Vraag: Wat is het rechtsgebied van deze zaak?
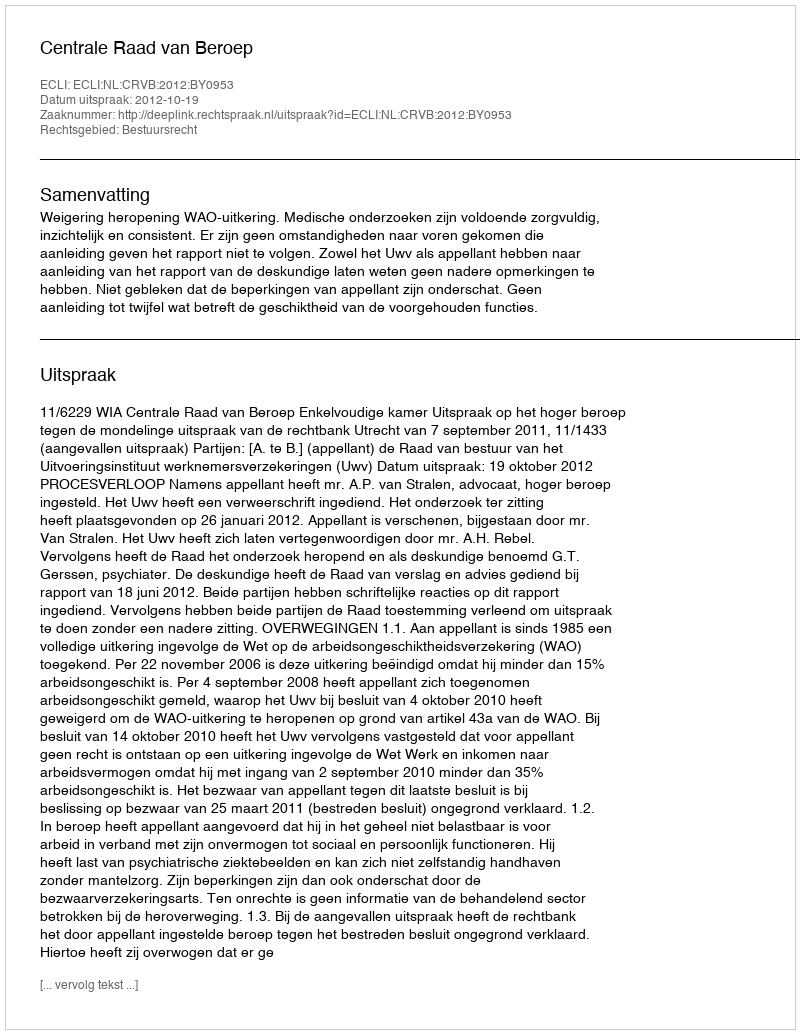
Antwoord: Bestuursrecht